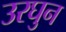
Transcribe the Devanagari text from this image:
उरघुन